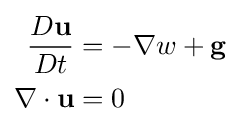
{\begin{aligned}{D\mathbf {u}  \over Dt}&=-\nabla w+\mathbf {g} \\\nabla \cdot \mathbf {u} &=0\end{aligned}}